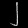
Digit: ၂